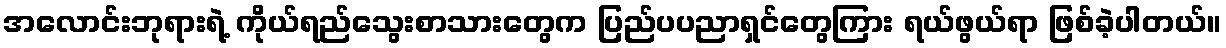
အလောင်းဘုရားရဲ့ ကိုယ်ရည်သွေးစာသားတွေက ပြည်ပပညာရှင်တွေကြား ရယ်ဖွယ်ရာ ဖြစ်ခဲ့ပါတယ်။